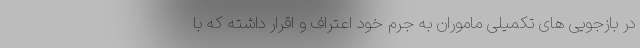
در بازجویی های تکمیلی ماموران به جرم خود اعتراف و اقرار داشته که با